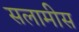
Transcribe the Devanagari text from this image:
सलामीस